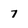
Character: 7